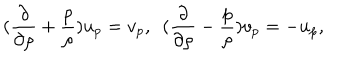
( { \frac { \partial } { \partial \rho } } + { \frac { p } { \rho } } ) u _ { p } = v _ { p } , ~ ~ ( { \frac { \partial } { \partial \rho } } - { \frac { p } { \rho } } ) v _ { p } = - u _ { p } ,